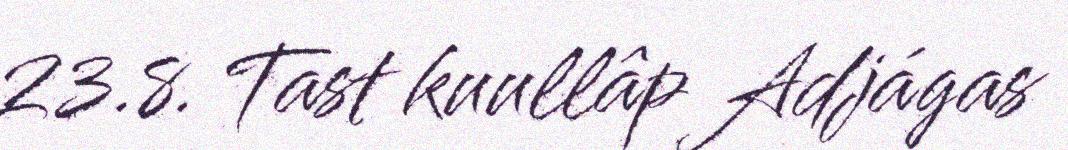
23.8. Tast kuullâp Adjágas